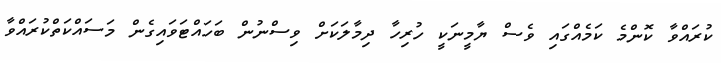
ކުރައްވާ ކޮންމެ ކަމެއްގައި ވެސް ޔާމީނަކީ ހުރިހާ ދިމާލަކަށް ވިސްނުން ބަހައްޓަވައިގެން މަސައްކަތްކުރައްވާ